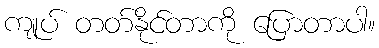
ကျုပ် တတ်နိုင်တာကို ပြောတာပါ။